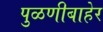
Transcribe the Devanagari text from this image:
पुळणीबाहेर